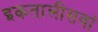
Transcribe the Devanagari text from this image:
इकतालीसवां